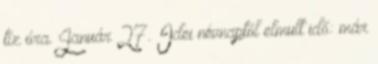
tíz óra. Január 27. Idei névnaptól elmult idő: már